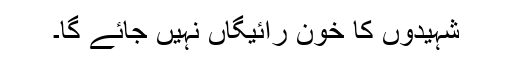
شہیدوں کا خون رائیگاں نہیں جائے گا۔